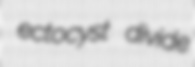
ectocyst divide